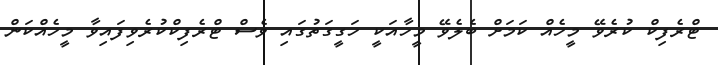
ޓްރެފިކް ކުރެވޭ މީހެއް ކަމަށް ބެލެވޭ މީހާއަކީ ހަގީގަތުގައި ވެސް ޓްރެފިކްކުރެވިފައިވާ މީހެއްކަން